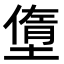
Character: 𡐏